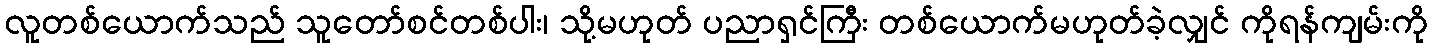
လူတစ်ယောက်သည် သူတော်စင်တစ်ပါး၊ သို့မဟုတ် ပညာရှင်ကြီး တစ်ယောက်မဟုတ်ခဲ့လျှင် ကိုရန်ကျမ်းကို